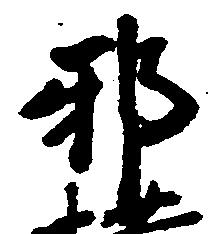
邪